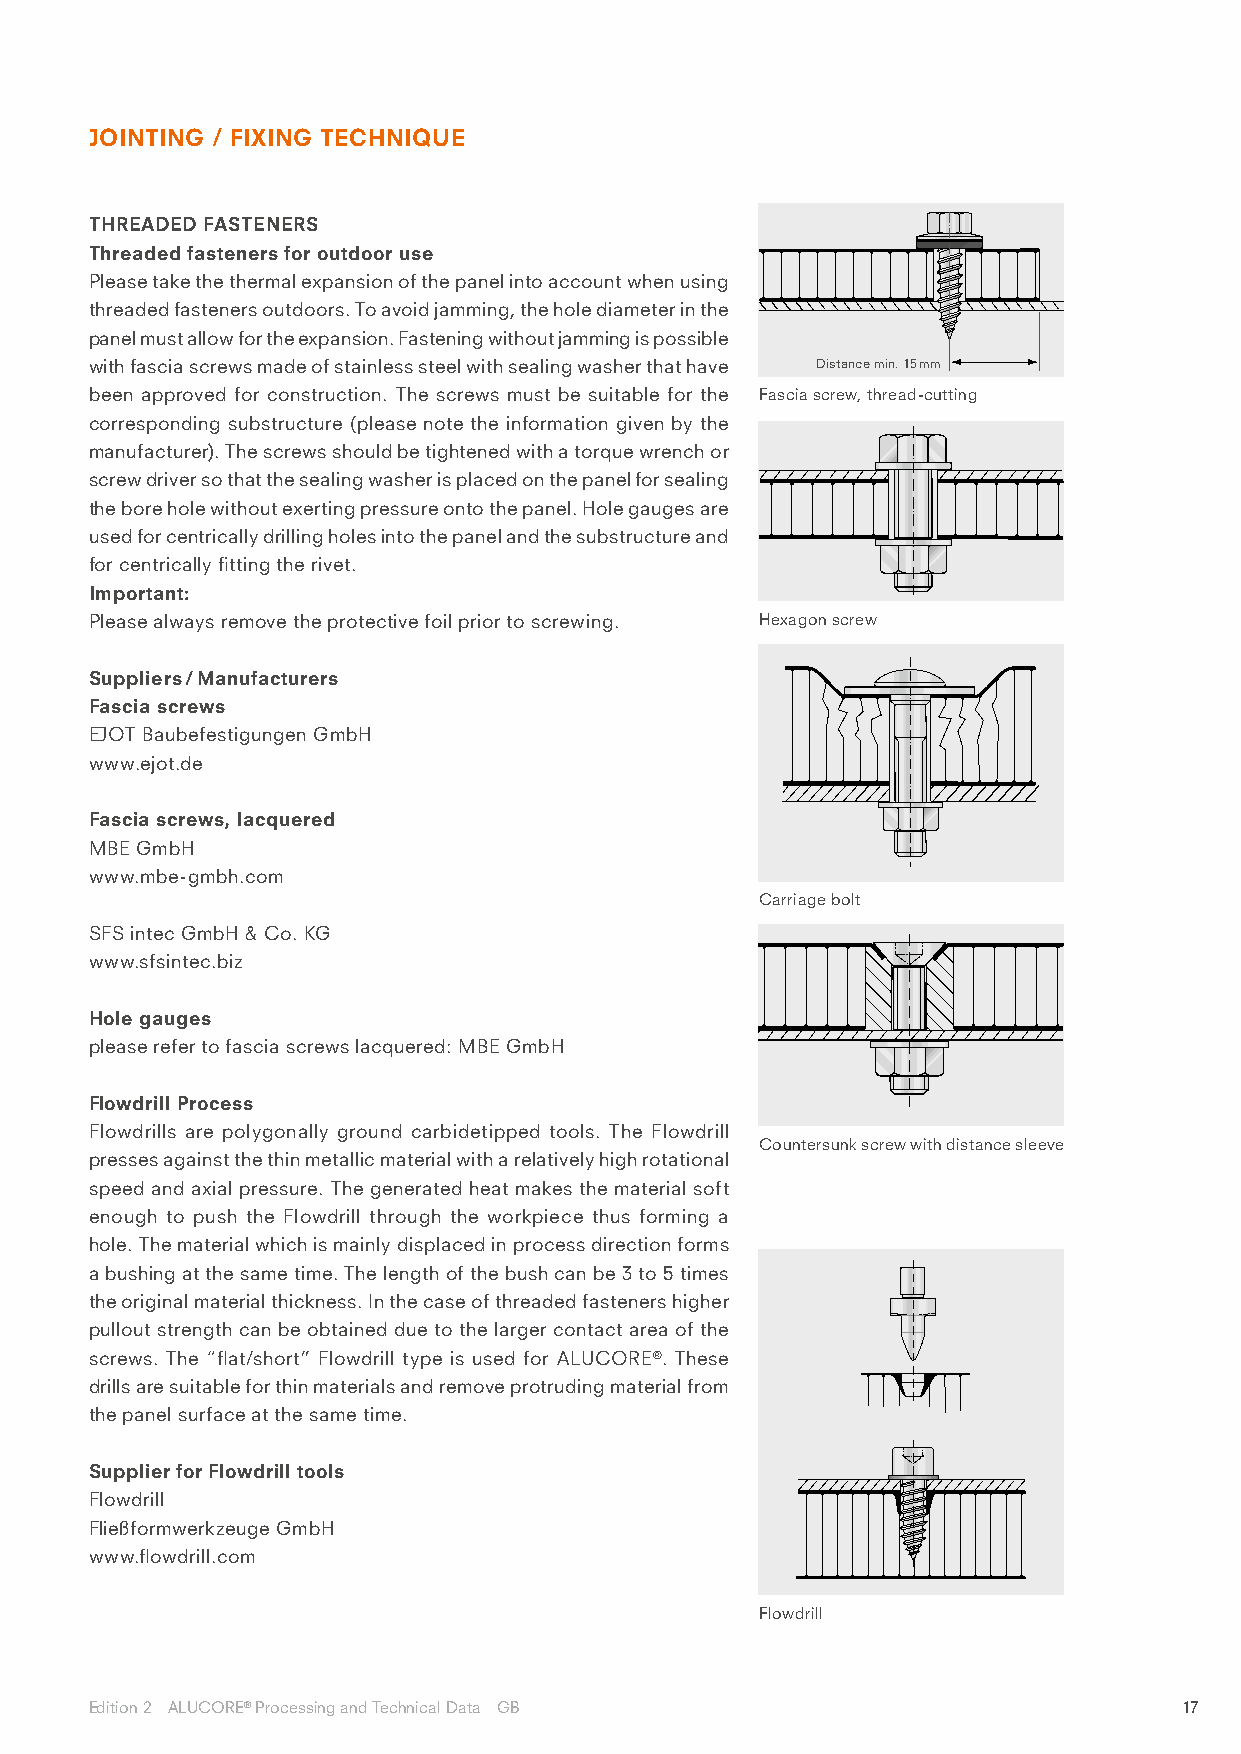
JOINTING / FIXING TECHNIQUE
 THREADED FASTENERS
 Threaded fasteners for outdoor use
 Please take the thermal expansion of the panel into account when using
 threaded fasteners outdoors. To avoid jamming, the hole diameter in the
 panel must allow for the expansion. Fastening without jamming is possible
 with fascia screws made of stainless steel with sealing washer that have Distance min. 15 mm
 been approved for construction. The screws must be suitable for the Fascia screw, thread-cutting
 corresponding substructure (please note the information given by the
 manufacturer). The screws should be tightened with a torque wrench or
 screw driver so that the sealing washer is placed on the panel for sealing
 the bore hole without exerting pressure onto the panel. Hole gauges are
 used for centrically drilling holes into the panel and the substructure and
 for centrically fitting the rivet.
 Important:
 Please always remove the protective foil prior to screwing. Hexagon screw
 Suppliers / Manufacturers
 Fascia screws
 EJOT Baubefestigungen GmbH
 www.ejot.de
 Fascia screws, lacquered
 MBE GmbH
 www.mbe-gmbh.com
 Carriage bolt
 SFS intec GmbH & Co. KG
 www.sfsintec.biz
 Hole gauges
 please refer to fascia screws lacquered: MBE GmbH
 Flowdrill Process
 Flowdrills are polygonally ground carbidetipped tools. The Flowdrill
 Countersunk screw with distance sleeve
 presses against the thin metallic material with a relatively high rotational
 speed and axial pressure. The generated heat makes the material soft
 enough to push the Flowdrill through the workpiece thus forming a
 hole. The material which is mainly displaced in process direction forms
 a bushing at the same time. The length of the bush can be 3 to 5 times
 the original material thickness. In the case of threaded fasteners higher
 pullout strength can be obtained due to the larger contact area of the
 screws. The “flat/short” Flowdrill type is used for ALUCORE®. These
 drills are suitable for thin materials and remove protruding material from
 the panel surface at the same time.
 Supplier for Flowdrill tools
 Flowdrill
 Fließformwerkzeuge GmbH
 www.flowdrill.com
 Flowdrill
 Edition 2 ALUCORE® Processing and Technical Data GB                     17